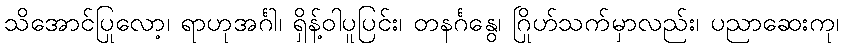
သိအောင်ပြုလော့၊ ရာဟုအင်္ဂါ၊ ရှိန့်ဝါပူပြင်း၊ တနင်္ဂနွေ၊ ဂြိုဟ်သက်မှာလည်း၊ ပညာဆေးကု၊